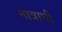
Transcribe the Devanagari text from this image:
मात्राची